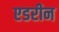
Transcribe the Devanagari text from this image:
एडरीन